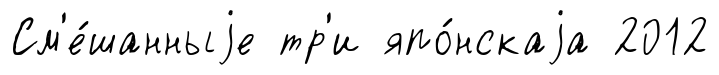
См'е́шанныjе тр'и япо́нскаjа 2012